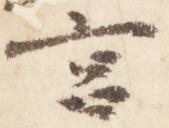
宮